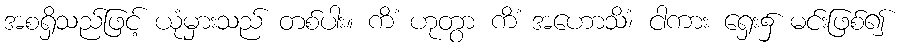
အစရှိသည်ဖြင့် ယုံမှားသည် တစ်ပါး။ ကိံ ဟုတွာ ကိံ အဟောသိံ၊ ငါကား ရှေး၌ မင်းဖြစ်၍